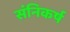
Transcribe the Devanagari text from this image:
संनिकर्ष